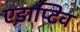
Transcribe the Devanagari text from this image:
एडाप्टिव